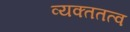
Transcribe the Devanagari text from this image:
व्यक्ततत्व